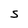
Character: S